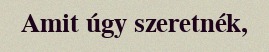
Amit úgy szeretnék,